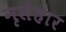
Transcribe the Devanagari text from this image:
नृसंहार